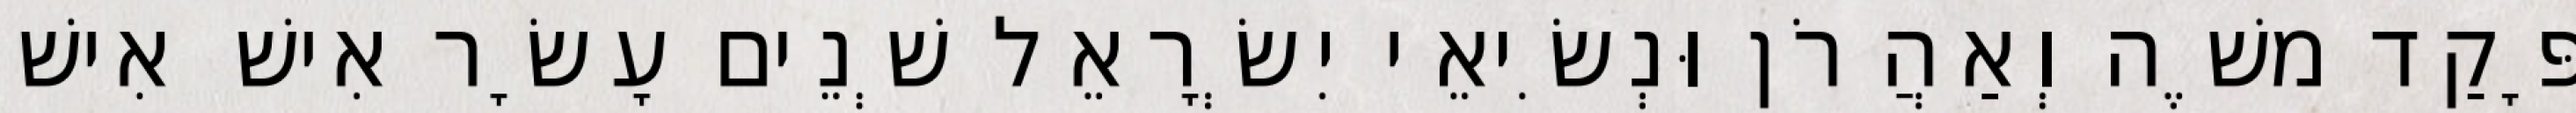
פָּקַד משֶׁה וְאַהֲרֹן וּנְשִׂיאֵי יִשְׂרָאֵל שְׁנֵים עָשָׂר אִישׁ אִישׁ